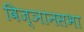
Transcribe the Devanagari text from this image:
विज्ञानसभा